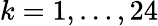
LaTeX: k=1,\ldots,24